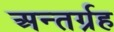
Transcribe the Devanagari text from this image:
अन्तर्ग्रह